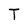
Character: T